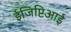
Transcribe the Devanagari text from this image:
ईजिप्टिआई